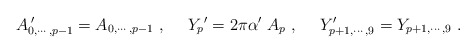
\begin{align*}A_{0,\cdots , p-1}^{\;\prime} = {A_{0,\cdots , p-1}}\ , \ \ \ \ {Y_p}^{\prime} = 2\pi\alpha^\prime\; A_p \ , \ \ \ \ Y_{p+1,\cdots,9}^\prime = Y_{p+1,\cdots,9}\ .\end{align*}